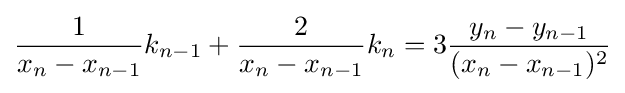
{\frac {1}{x_{n}-x_{n-1}}}k_{n-1}+{\frac {2}{x_{n}-x_{n-1}}}k_{n}=3{\frac {y_{n}-y_{n-1}}{(x_{n}-x_{n-1})^{2}}}